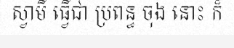
ស្វាមី ធ្វើជា ប្រពន្ធ ចុង នោះ ក៏